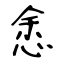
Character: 悆